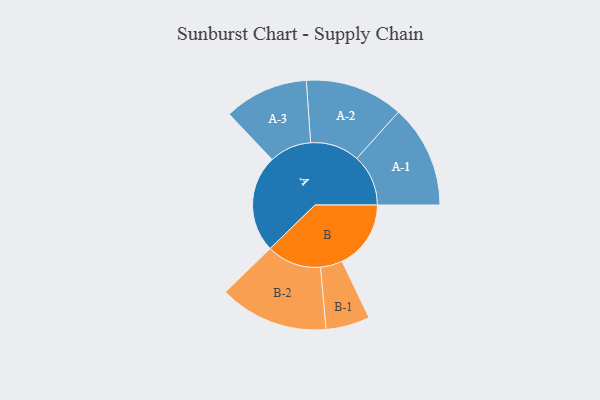
{"axis": {"x": "Segment", "y": "Value"}, "legend": ["", "A", "B"], "data": [{"x": "A", "y": 447, "type": ""}, {"x": "B", "y": 317, "type": ""}, {"x": "A-1", "y": 237, "type": "A"}, {"x": "A-2", "y": 226, "type": "A"}, {"x": "A-3", "y": 194, "type": "A"}, {"x": "B-1", "y": 101, "type": "B"}, {"x": "B-2", "y": 251, "type": "B"}]}